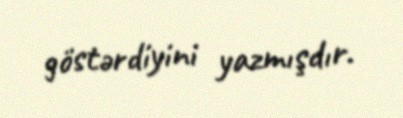
göstərdiyini yazmışdır.